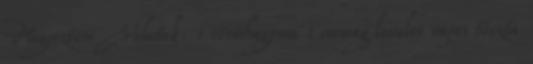
Megosztom Veletek: 1 vöröshagyma 1 csomag leveles vajas tészta